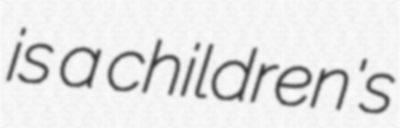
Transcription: is a children's